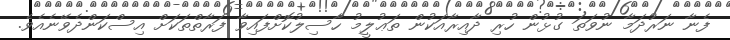
ފެނާ ނަރުދަމާ ނުވަތަ ގުޅުން ހުރި ދާއިރާއަކުން ތަޢުލީމު ހާސިލުކޮށްފައިވާ ފަރާތްތަކަށް އިސްކަންދެވޭނެއެވެ.